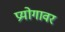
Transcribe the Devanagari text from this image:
प्रयोगावर